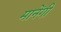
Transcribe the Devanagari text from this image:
मानेंगी